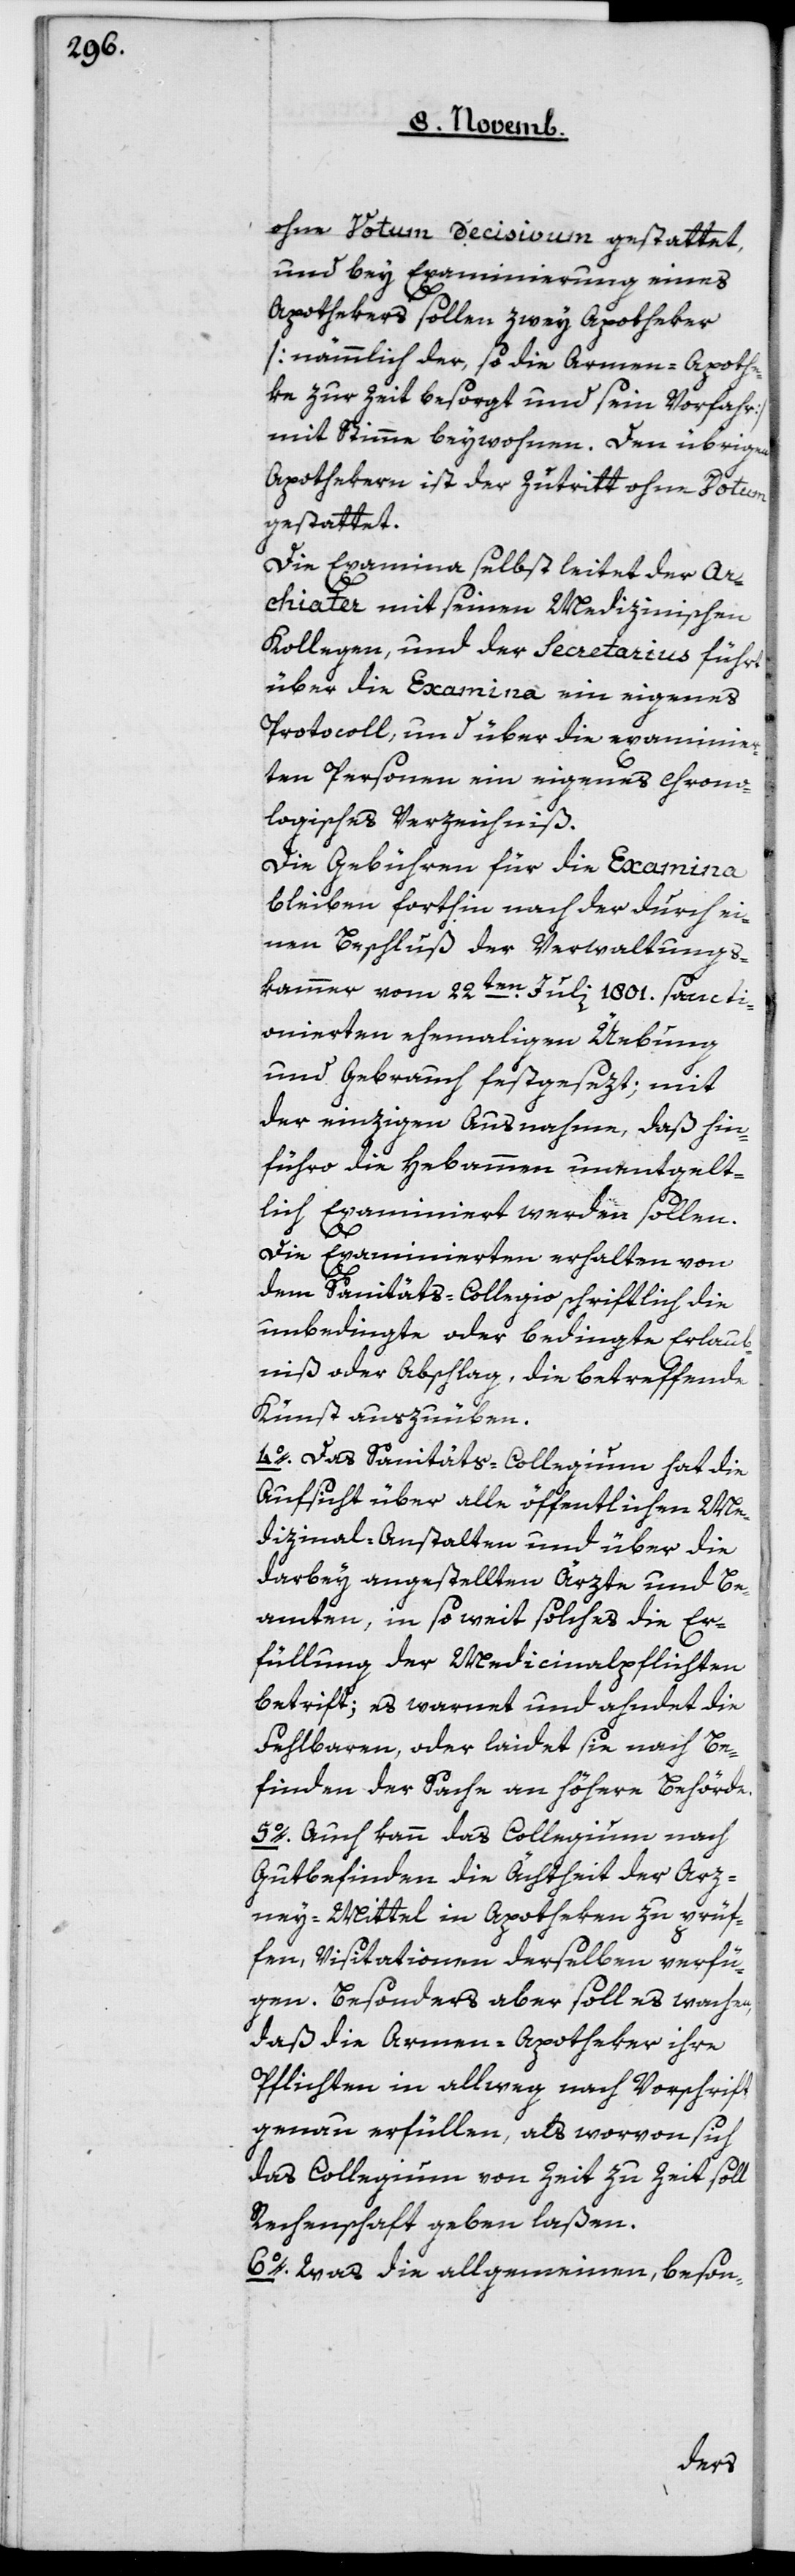
ohne Votum Décisivum gestattet,
und bey Examinierung eines
Apothekers sollen zwey Apotheker
[nämmlich der, so die Armen-Apoth¬
eke zur Zeit besorgt und sein Vorfahr]
mit Stimme beywohnen. Den übrigen
Apothekern ist der Zutritt ohne Votum
gestattet.
Die Examina selbst leitet der Ar¬
chiater mit seinen Medizinischen
Kollegen, und der Secretarius führt
über die Examina ein eigenes
Protokoll, und über die examinier¬
ten Personen ein eigenes chrono¬
logisches Verzeichniß.
Die Gebühren für die Examina
bleiben forthin nach der durch ei¬
nen Beschluß der Verwaltungs¬
kammer vom 22ten Juli 1801 sancti¬
onierten ehemaligen Übung
und Gebrauch festgesezt; mit
der einzigen Ausnahme, daß hin¬
füro die Hebammen unentgelt¬
lich examiniert werden sollen.
Die Examinierten erhalten von
dem Sanitäts-Collegio schriftlich die
unbedingte oder bedingte Erlaub¬
nis oder Abschlag, die betreffende
Kunst auszuüben.
4o Das Sanitäts-Collegium hat die
Aufsicht über alle öffentlichen Me¬
dizinal-Anstalten und über die
darbey angestellten Ärzte und Be¬
amten, in soweit solches die Er¬
füllung der Medicinalpflichten
betrift, es warnet und ahndet die
Fehlbaren, oder laidet sie nach Be¬
finden der Sache an höhere Behörde.
5o Auch kann das Collegium nach
Gutbefinden die Ächtheit der Arz¬
neimittel in Apotheken zu prüf¬
en, Visitationen derselben verfü¬
gen. Besonders aber soll es wachen,
daß die Armen-Apotheker ihre
Pflichten in allweg nach Vorschrift
genau erfüllen, als worvon sich
das Collegium von Zeit zu Zeit soll
Rechenschaft geben laßen.
6o Was die allgemeinen, beson-